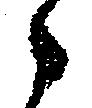
々